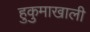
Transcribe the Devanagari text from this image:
हुकुमाखाली